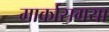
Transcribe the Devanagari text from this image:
मार्कासगया